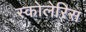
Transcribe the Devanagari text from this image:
स्कोलेरिस